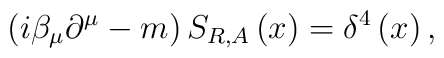
\left( i\beta _{\mu }\partial ^{\mu }-m\right) S_{R,A}\left( x\right)=\delta ^{4}\left( x\right) ,